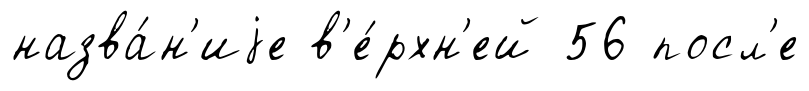
назва́н'иjе в'е́рхн'ей 56 посл'е